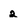
Character: 2